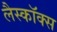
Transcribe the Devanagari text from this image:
लैस्कॉक्स